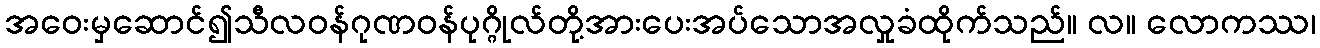
အဝေးမှဆောင်၍သီလဝန်ဂုဏဝန်ပုဂ္ဂိုလ်တို့အားပေးအပ်သောအလှုခံထိုက်သည်။ လ။ လောကဿ၊